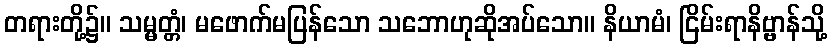
တရားတို့၌။ သမ္မတ္တံ၊ မဖောက်မပြန်သော သဘောဟုဆိုအပ်သော။ နိယာမံ၊ ငြိမ်းရာနိဗ္ဗာန်သို့